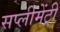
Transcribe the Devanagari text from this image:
सप्लीमेंट्री